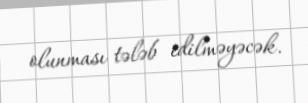
olunması tələb edilməyəcək.